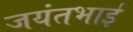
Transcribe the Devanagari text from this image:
जयंतभाई